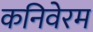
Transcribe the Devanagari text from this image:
कनिवेरम